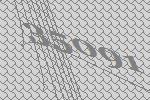
35091